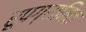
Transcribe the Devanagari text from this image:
रूपग्रामिक